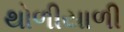
થોળીયાળી